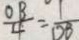
\frac { O B } { 4 } = \frac { 1 } { D B }